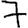
Digit: 7